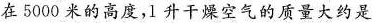
在5000米的高度，1升干燥空气的质量大约是